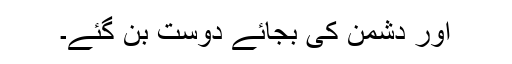
اور دُشمن کی بجائے دوست بن گئے۔